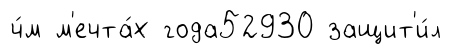
ч́м м'ечта́х года52930 защит'и́л